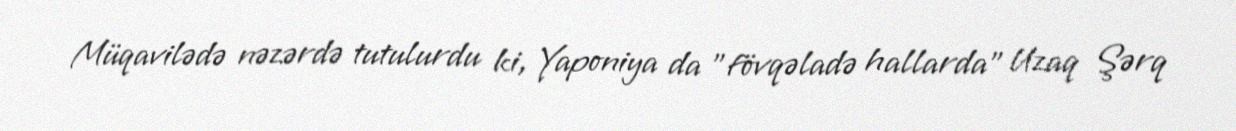
Müqavilədə nəzərdə tutulurdu ki, Yaponiya da "fövqəladə hallarda" Uzaq Şərq